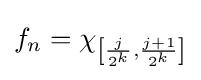
f_{n}=\chi _{\left[{\frac {j}{2^{k}}},{\frac {j+1}{2^{k}}}\right]}